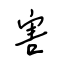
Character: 害